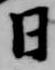
日